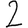
Digit: 2